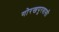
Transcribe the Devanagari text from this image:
गोरखपुरवासी